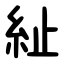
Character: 䊼